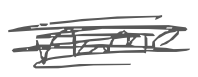
Text: name
Cross-out: mix
Writing tool: digital_gray